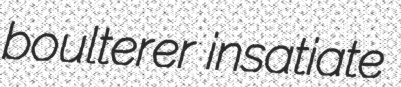
boulterer insatiate